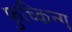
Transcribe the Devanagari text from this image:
फुच्किन्ग